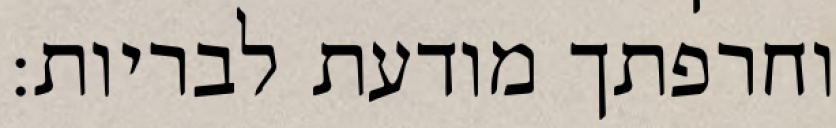
וחרפתך מודעת לבריות: